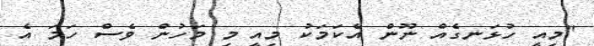
"މިއީ ހުޅަނގެއް ނޫން އެކަމަކު މިއީ މި މަހުން ވެސް ހަމަ އެ